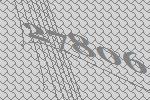
27806